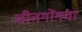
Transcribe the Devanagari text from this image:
चीतगोंगचा